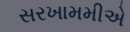
સરખામમીએ